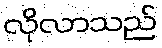
လိုလာသည်